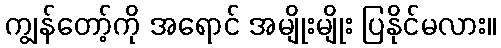
ကျွန်တော့်ကို အရောင် အမျိုးမျိုး ပြနိုင်မလား။